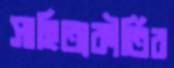
সাহিত্যকীর্তির